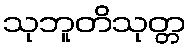
သုဘူတိသုတ္တ